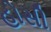
હોસી